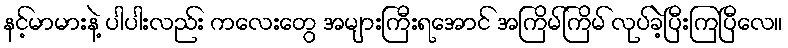
နင့်မာမားနဲ့ ပါပါးလည်း ကလေးတွေ အများကြီးရအောင် အကြိမ်ကြိမ် လုပ်ခဲ့ပြီးကြပြီလေ။